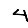
Digit: 4